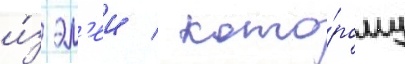
и́з эл'еи / кото́рому